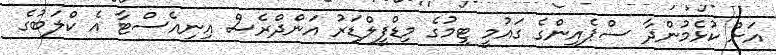
އަށް ކުޅެމުންދާ ސްޕެއިންގެ ގައުމީ ޓީމުގެ މިޑްފީލްޑަރު އަންދްރެސް އިނިއެސްޓާ އެ ކްލަބުގެ